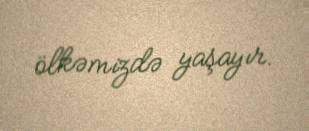
ölkəmizdə yaşayır.